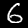
Digit: 6